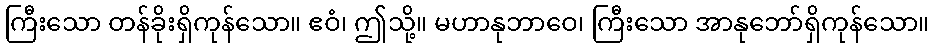
ကြီးသော တန်ခိုးရှိကုန်သော။ ဧဝံ၊ ဤသို့။ မဟာနုဘာဝေ၊ ကြီးသော အာနုဘော်ရှိကုန်သော။